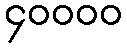
၄၀၀၀၀